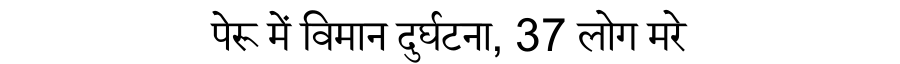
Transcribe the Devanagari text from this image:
पेरू में विमान दुर्घटना, 37 लोग मरे